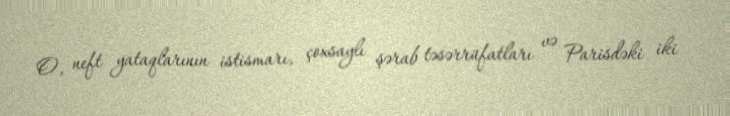
O, neft yataqlarının istismarı, çoxsaylı şərab təsərrüfatları və Parisdəki iki